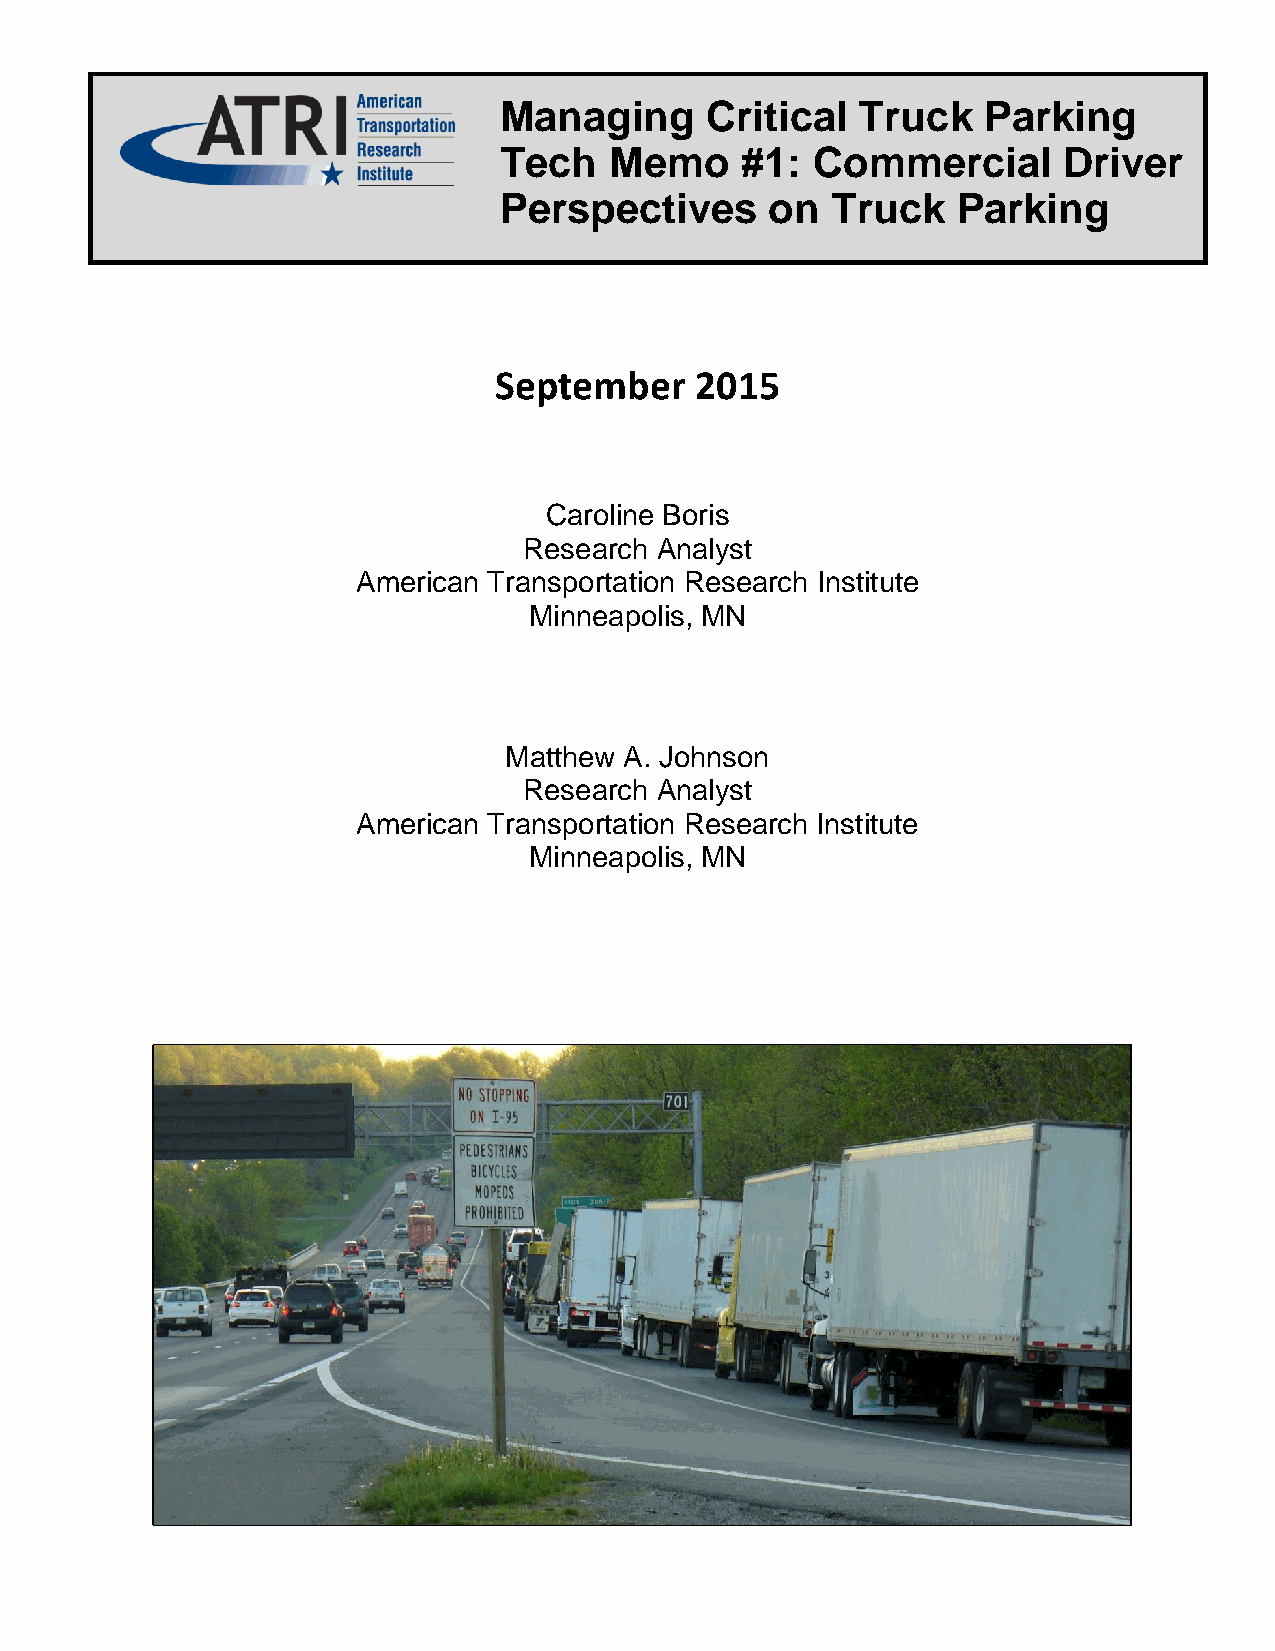
Managing      Critical  Truck   Parking
 Tech   Memo     #1:  Commercial      Driver
 Perspectives      on  Truck   Parking
 September    2015
 Caroline Boris
 Research Analyst
 American Transportation Research Institute
 Minneapolis, MN
 Matthew A. Johnson
 Research Analyst
 American Transportation Research Institute
 Minneapolis, MN